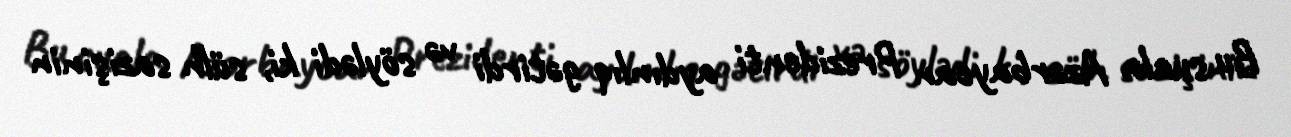
Bu suala Azərbaycan Prezidenti aydınlıq gətirdi və söylədi ki, sülh sazişinin